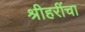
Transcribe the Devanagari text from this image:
श्रीहरींचा